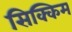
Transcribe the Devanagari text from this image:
सिक्किम